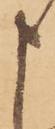
申